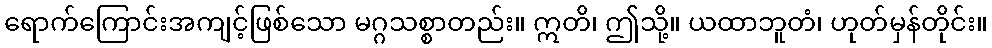
ရောက်ကြောင်းအကျင့်ဖြစ်သော မဂ္ဂသစ္စာတည်း။ ဣတိ၊ ဤသို့။ ယထာဘူတံ၊ ဟုတ်မှန်တိုင်း။